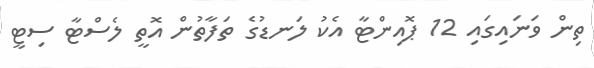
ތިން ވަނައިގައި 12 ޕޮއިންޓާ އެކު ލަނޑުގެ ތަފާތުން އޮތީ ލެސްޓާ ސިޓީ